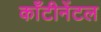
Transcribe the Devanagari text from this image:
काँटीनेंटल